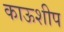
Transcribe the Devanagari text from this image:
काऊशीप